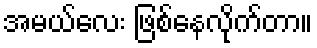
အမယ်လေး ဖြစ်နေလိုက်တာ။